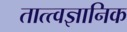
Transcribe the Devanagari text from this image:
तात्त्वज्ञानिक